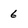
Character: 6